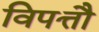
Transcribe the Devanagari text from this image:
विपत्तौ